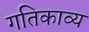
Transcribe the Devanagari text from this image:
गतिकाव्य